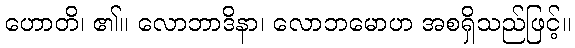
ဟောတိ၊ ၏။ လောဘာဒိနာ၊ လောဘမောဟ အစရှိသည်ဖြင့်။